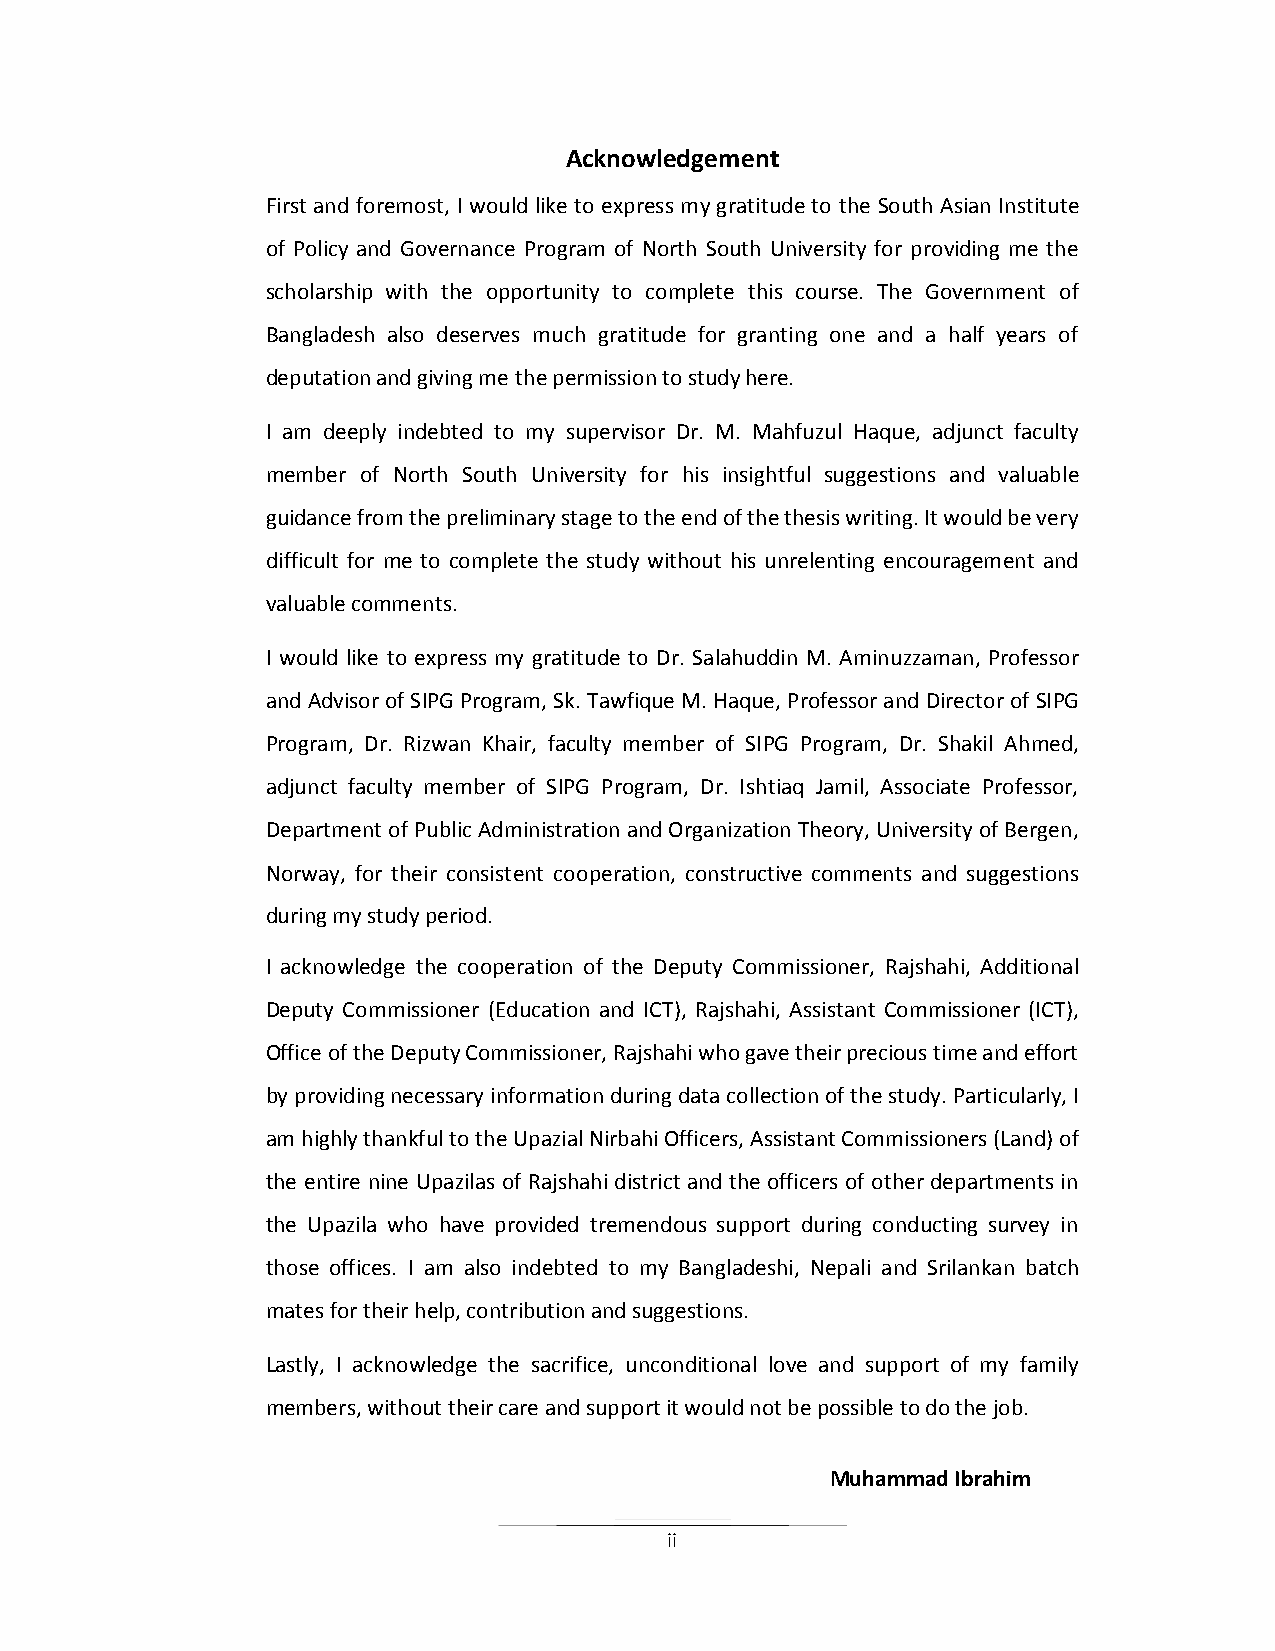
Acknowledgement
 First and foremost, I would like to express my gratitude to the South Asian Institute
 of Policy and Governance Program of North South University for providing me the
 scholarship with the opportunity to complete this course. The Government of
 Bangladesh also deserves much gratitude for granting one and a half years of
 deputation and giving me the permission to study here.
 I am deeply indebted to my supervisor Dr. M. Mahfuzul Haque, adjunct faculty
 member of North South University for his insightful suggestions and valuable
 guidance from the preliminary stage to the end of the thesis writing. It would be very
 difficult for me to complete the study without his unrelenting encouragement and
 valuable comments.
 I would like to express my gratitude to Dr. Salahuddin M. Aminuzzaman, Professor
 and Advisor of SIPG Program, Sk. Tawfique M. Haque, Professor and Director of SIPG
 Program, Dr. Rizwan Khair, faculty member of SIPG Program, Dr. Shakil Ahmed,
 adjunct faculty member of SIPG Program, Dr. Ishtiaq Jamil, Associate Professor,
 Department of Public Administration and Organization Theory, University of Bergen,
 Norway, for their consistent cooperation, constructive comments and suggestions
 during my study period.
 I acknowledge the cooperation of the Deputy Commissioner, Rajshahi, Additional
 Deputy Commissioner (Education and ICT), Rajshahi, Assistant Commissioner (ICT),
 Office of the Deputy Commissioner, Rajshahi who gave their precious time and effort
 by providing necessary information during data collection of the study. Particularly, I
 am highly thankful to the Upazial Nirbahi Officers, Assistant Commissioners (Land) of
 the entire nine Upazilas of Rajshahi district and the officers of other departments in
 the Upazila who have provided tremendous support during conducting survey in
 those offices. I am also indebted to my Bangladeshi, Nepali and Srilankan batch
 mates for their help, contribution and suggestions.
 Lastly, I acknowledge the sacrifice, unconditional love and support of my family
 members, without their care and support it would not be possible to do the job.
 Muhammad Ibrahim
 ii